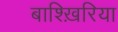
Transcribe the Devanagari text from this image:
बाश्ख़िरिया